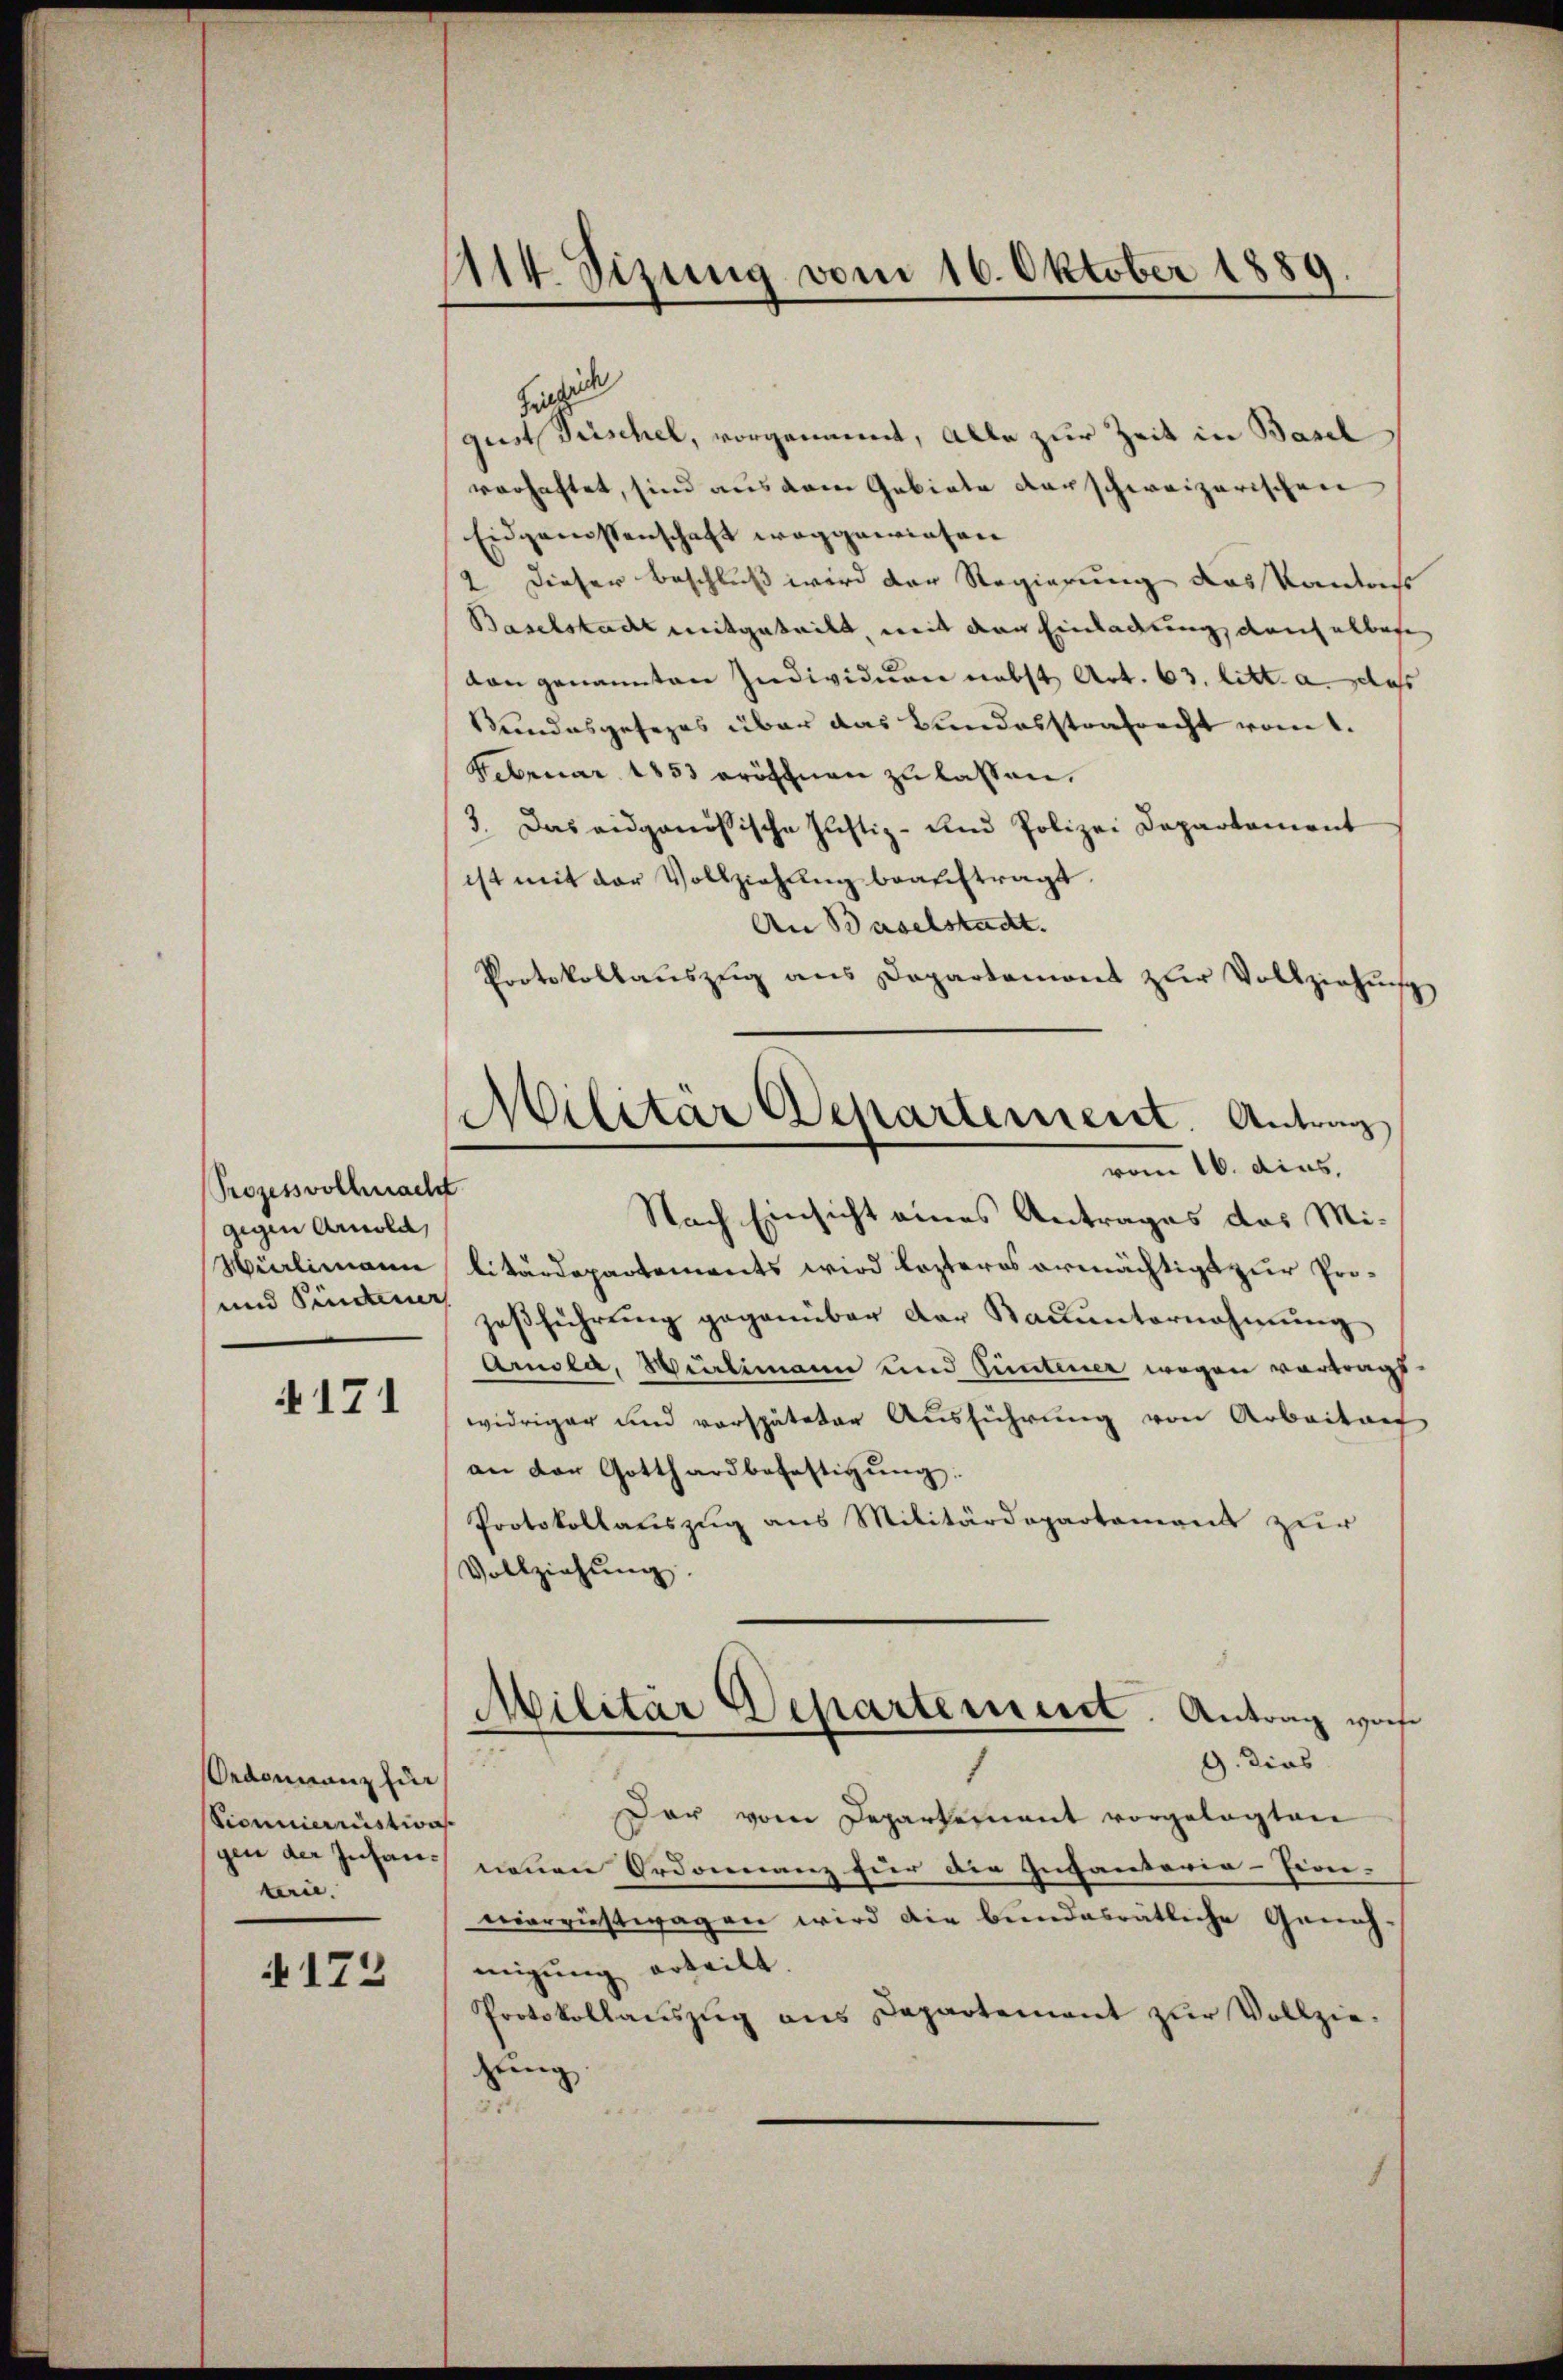
Prozessvollmacht
gegen Arnold,
Hürlimann
und Pinterer

171

Ordonnanz fin
Sicunierrüstion
gen der Infantern.

172

114. Sizung vom 16. Oktober 1889

Militär Departement Antrag
vom 16. dies.

Heinrich
gust Frischel, vorgenannt, alle zur Zeit in Basel
vorhaftet, sind aus dem Gebiete darschweizerischen
Eidgenossenschaft weggewiesen
2 Dieser Beschluß wird der Regierung des Kanzeichs
Baselstadt mitgeteilt, mit der Einladung deshalbes
von genannten Individuen nebst Art. 63. litt. a. dass
Stundesgesezes über das Bundesstrafrecht vom 1.
Februar 1853 eröffnen zu lassen.
3. Das eidgenössische Justiz- und Polizei Departement
ist mit der Vollziehung beauftragt.
An Baselstadt.
Protokollaŭszŭg ans Departemont zŭr Vollziehŭng
Nach Einsicht eines Antrages das Militärdepartements wird lezteres ermächtigt zur Prozoβführŭng gegenüber der Baŭŭnternahmŭng
Arnola, Würlimann und Güntener wegen vortrags.
widriger und verspäteter Ausführung von Arbeiten
an der Gotthardbefestigŭng:
Protokollauszug aus Militärdepartement zur
Vollziehung.
Militär Departement. Antrag worfe
332
G. dies
Dar vom Departement vorgelegten
neuen Ordonanz für die Gefänderer-Fion- |
nierziestwagen wird die bundesrätliche Genehmigung erteilt.
Protokollaŭszŭg ans Departement zŭr Vollziegung